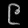
Digit: ၉